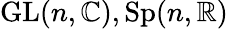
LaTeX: \mathrm{GL}(n,\mathbb{C}),\mathrm{Sp}(n,\mathbb{R})